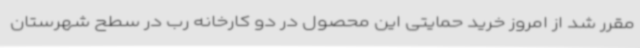
مقرر شد از امروز خرید حمایتی این محصول در دو کارخانه رب در سطح شهرستان